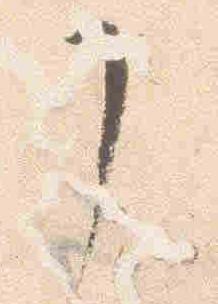
了